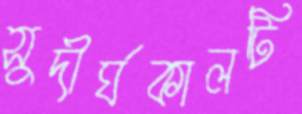
সুদীর্ঘকালটি